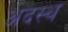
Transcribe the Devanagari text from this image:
अदस्थ